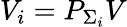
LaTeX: V_{i}=P_{\Sigma_{i}}V